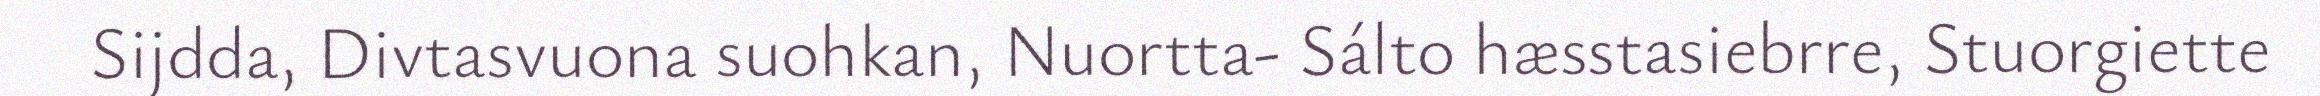
Sijdda, Divtasvuona suohkan, Nuortta- Sálto hæsstasiebrre, Stuorgiette